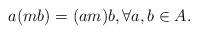
LaTeX: \begin{align*}a(mb) = (am)b,\forall a,b\in A. \end{align*}